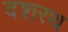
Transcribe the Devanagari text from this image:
दशरथ